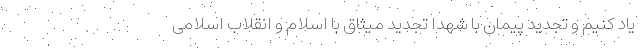
یاد کنیم و تجدید پیمان با شهدا تجدید میثاق با اسلام و انقلاب اسلامی